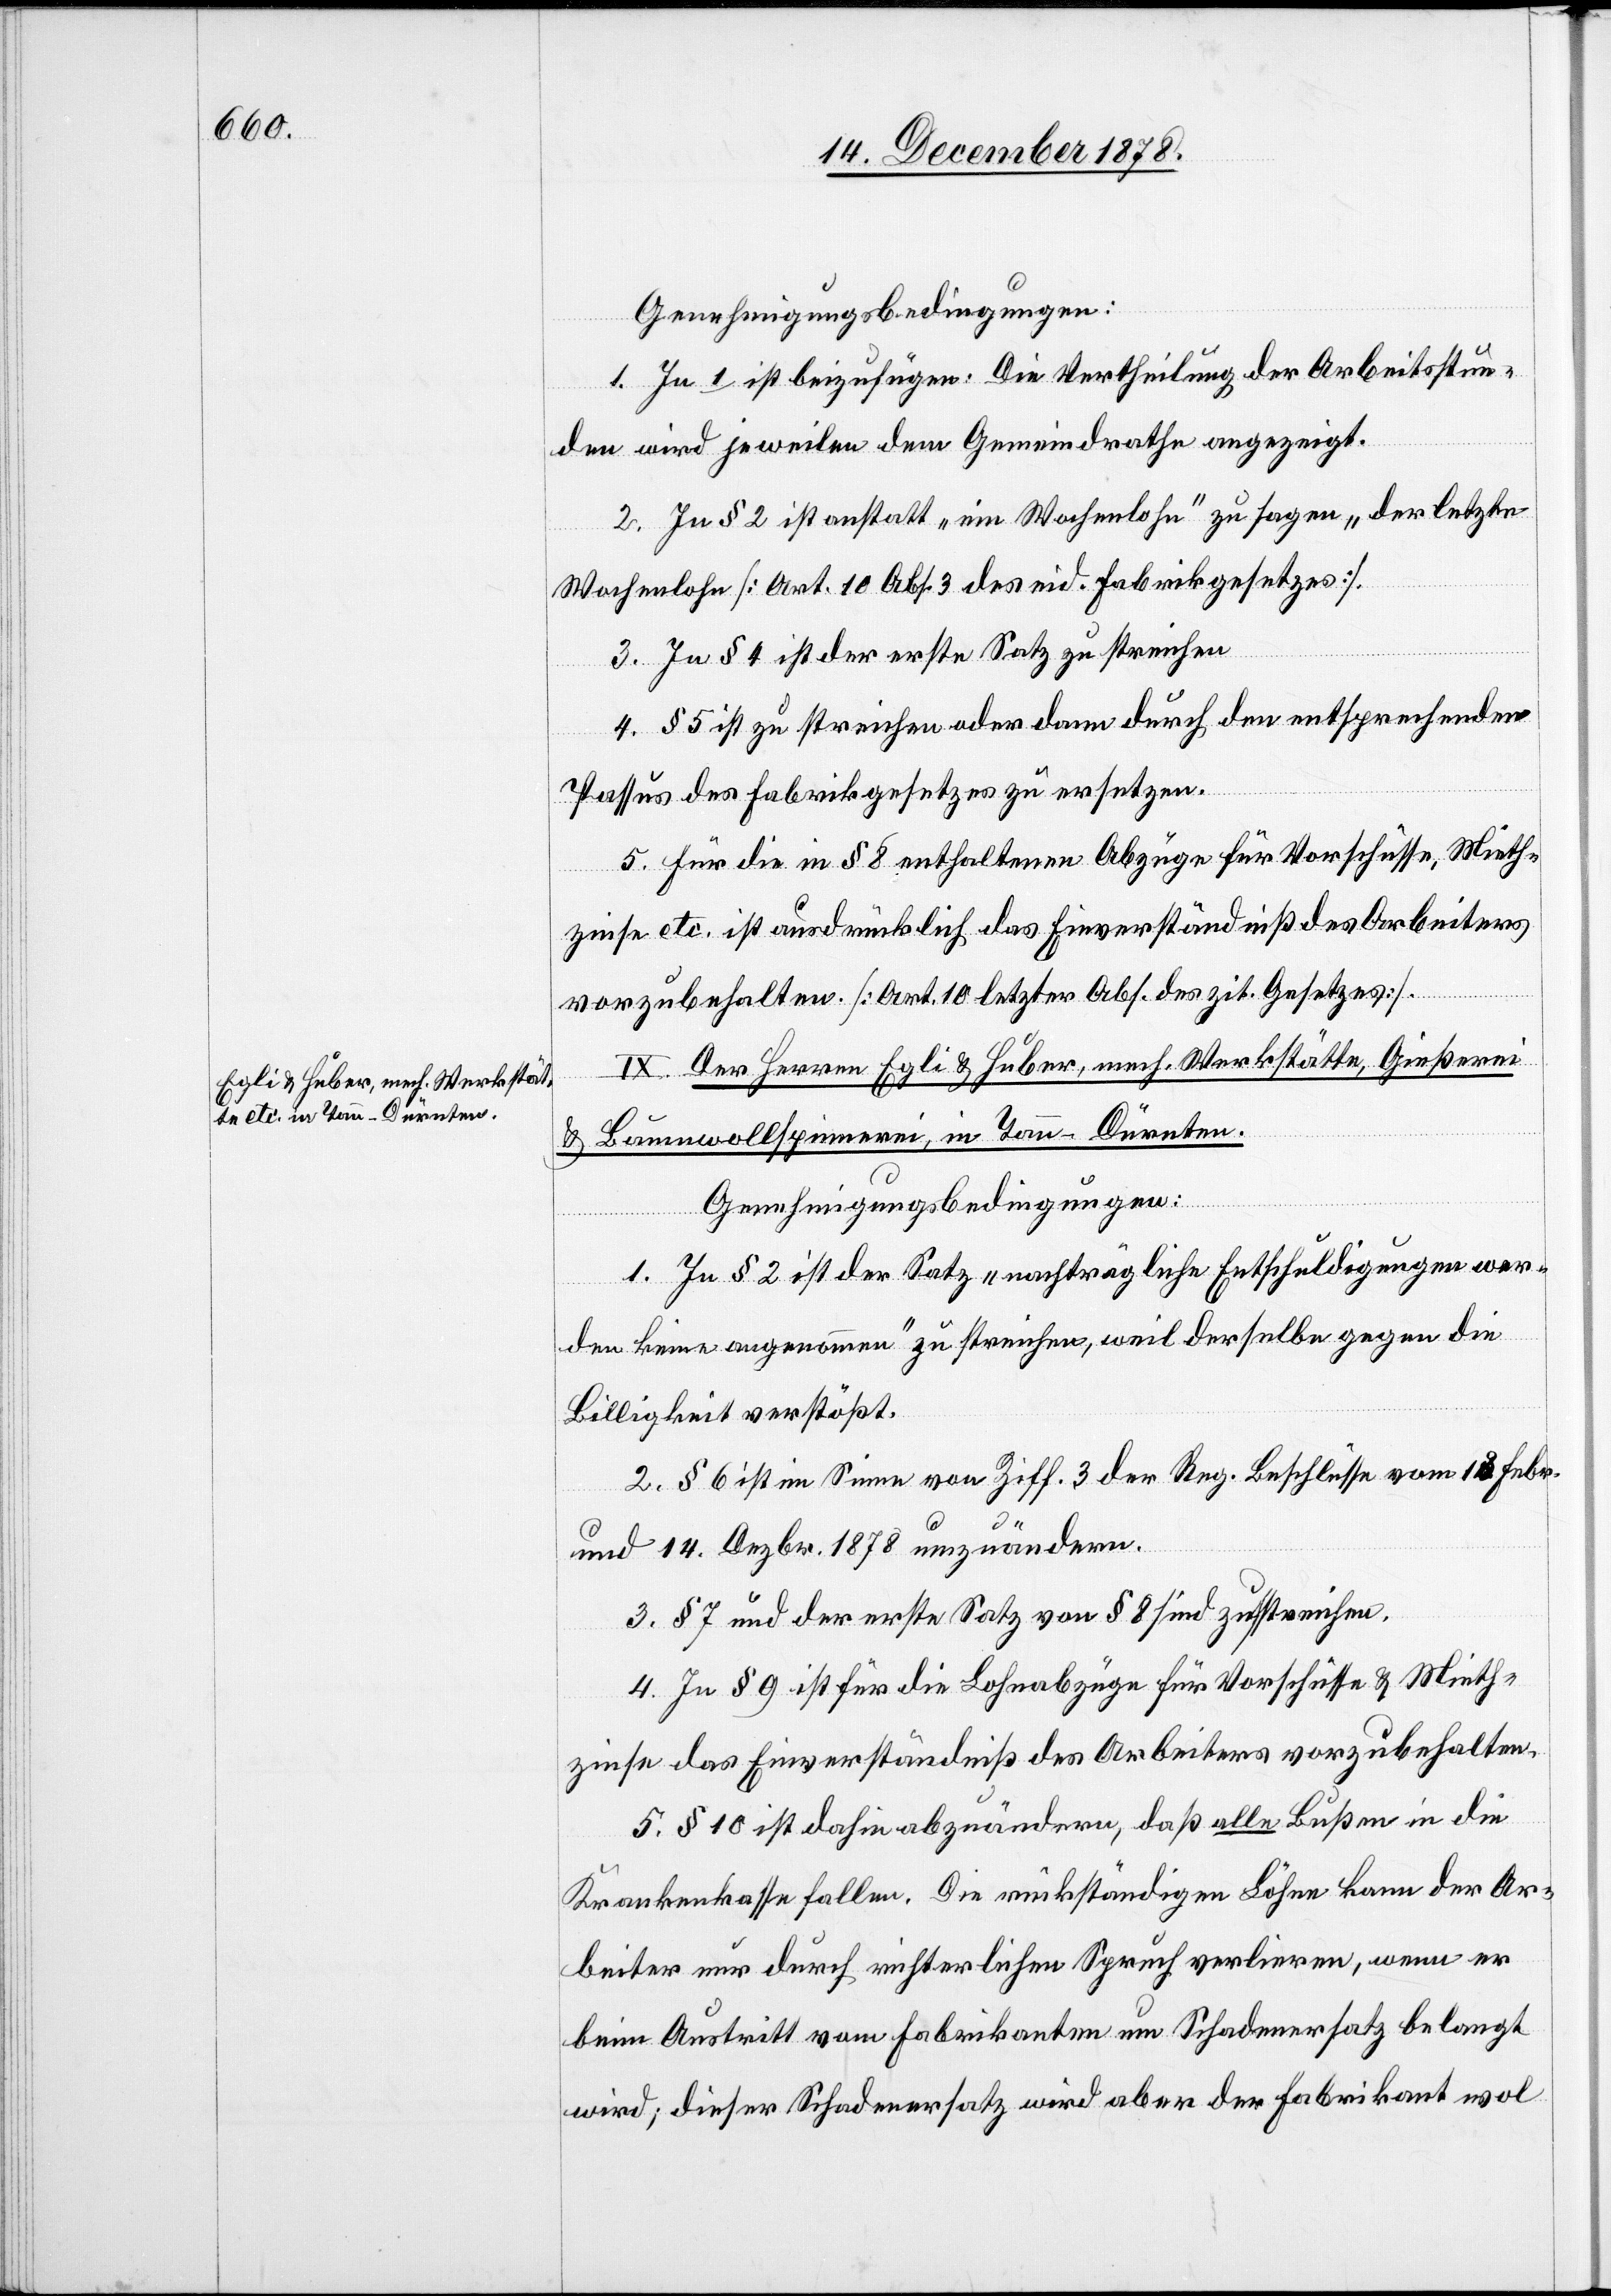
Genehmigungsbedingungen:
1. In 1 ist beizufügen: Die Vertheilung der Arbeitsstun¬
den wird jeweilen dem Gemeindrath angezeigt.
2. In § 2 ist anstatt „ein Wochenlohn“ zu sagen „der letzte
kordnun¬
Wochenlohn[“] [Art. 10 Abs. 3 des eid. Fabrikgesetzes].
3. In § 4 ist der erste Satz zu streichen
4. § 5 ist zu streichen oder dann durch den entsprechenden
Passus des Fabrikgesetzes zu ersetzen.
5. Für die in § 8 enthaltenen Abzüge für Vorschüsse, Mieth¬
zinse etc. ist ausdrücklich das Einverständniß des Arbeiters
vorzubehalten [Art. 10 letzte Abs. des zit. Gesetzes].
IX. Der Herren Egli & Huber, mech. Werkstätte, Gießerei
& Baumwollspinnerei, in Tann - Dürnten.
Genehmigungsbedingungen:
1. In § 2 ist der Satz „nachträgliche Entschuldigungen wer¬
g.]
den keine angenommen“ zu streichen, weil derselbe gegen die
Billigkeit verstößt.
2. § 6 ist im Sinne von Ziff. 3 der Reg. Beschlüsse vom 18. Febr.
und 14. Dezbr. 1878 umzuändern.
3. § 7 und der erste Satz von § 8 sind zu streichen.
4. In § 9 ist für die Lohnabzüge für Vorschüsse & Mieth¬
zinse das Einverständniß des Arbeiters vorzubehalten.
5. § 10 ist dahin abzuändern, daß alle Bußen in die
Krankenkasse fallen. Die rückständigen Löhne kann der Ar¬
beiter nur durch richterlichen Spruch verlieren, wenn er
beim Austritt vom Fabrikanten um Schadenersatz belangt
wird; dieser Schadenersatz wird aber der Fabrikant wol